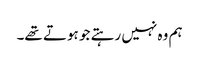
ہم وہ نہیں رہتے جو ہوتے تھے۔